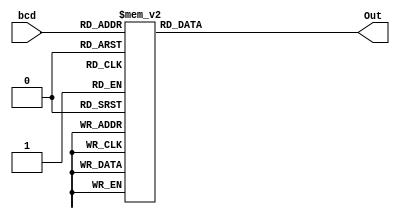
module BcdTo7segment (input [3:0] bcd , output reg[6:0]Out);

	always @(bcd)
	begin
		case(bcd)
			0 : Out = 7'b1111110;
			1 : Out = 7'b0110000;
			2 : Out = 7'b1101101;
			3 : Out = 7'b1111001;
			4 : Out = 7'b0110011;
			5 : Out = 7'b1011011;
			6 : Out = 7'b1011111;
			7 : Out = 7'b1110000;
			8 : Out = 7'b1111111;
			9 : Out = 7'b1111011;
		  	default : Out = 7'b0000000;
		endcase
	end

endmodule